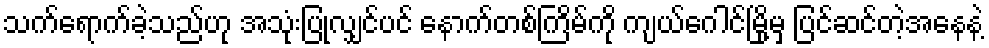
သက်ရောက်ခဲ့သည်ဟု အသုံးပြုလျှင်ပင် နောက်တစ်ကြိမ်ကို ကျယ်ဂေါင်မြို့မှ ပြင်ဆင်တဲ့အနေနဲ့